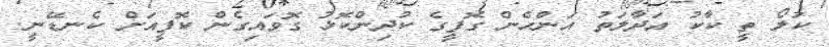
ކަލޯ ތީ ކާކު އަދާލަތު އަންހެން ގޮފީގެ ކުދިންކޮޅު ގޮވައިގެން ކޮފީއަށް ކެނޑޭނީ.